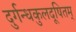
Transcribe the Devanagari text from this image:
दुर्गन्धकुलदूषितम्